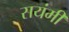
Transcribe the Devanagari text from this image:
सयंमी